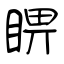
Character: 睤